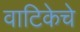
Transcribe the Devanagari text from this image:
वाटिकेचे